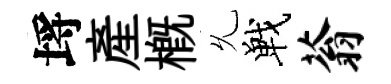
埓産概𠃔戰蓊